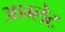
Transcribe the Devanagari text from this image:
आम्‍लेट